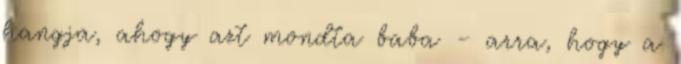
hangja, ahogy azt mondta baba – arra, hogy a